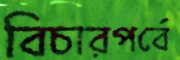
বিচারপর্বে